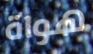
هواة